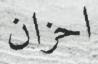
احزان